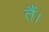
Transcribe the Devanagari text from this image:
तैं।